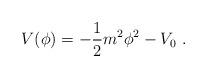
LaTeX: \begin{align*}V(\phi)=-{1 \over 2}m^2\phi^2 -V_0 \ .\end{align*}